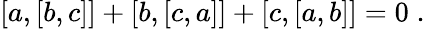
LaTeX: [a,[b,c]]+[b,[c,a]]+[c,[a,b]]=0\; .